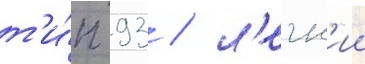
т'и́п 93 / л'егк'ии